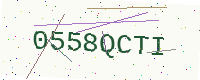
Text: 0558QCTI